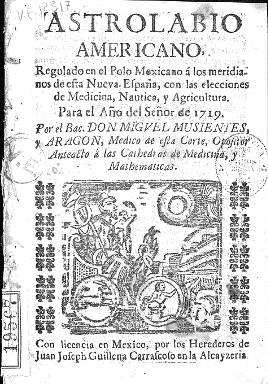
Título: Astrolabio americano
Colección: Almanaques
Ámbito geográfico: México
Lugar de publicación: México
Fechas: 01/01/1719-31/12/1735

Se trata de una publicación del género de los almanaques o pronósticos, que también adoptan el nombre de astrolabios, lunarios, piscatores o uranias, entre otros, que considerados “impresos menores” comenzaron a aparecer ya en el siglo XVI, solían publicarse a fin de cada año para dedicarlo al siguiente y alcanzaron gran auge en el siglo XVIII. En este caso se trata de dos impresos en octavo compuestos a una columna, el primero para el año 1719 y el segundo para el de 1735, en cuyas portadas son estampados sendos grabados, y como se observa en el de este último año de la Hemeroteca Digital de la BNE, en color. Su título continúa indicando: “regulado en el polo mexicano a los meridianos de esta Nueva España, con las elecciones [y prohibiciones] de medicina, náutica y agricultura”, redactado por el “bachiller” Miguel Musientes y Aragón, médico de esta Corte y opositor a las cátedras de Medicina y Matemáticas; expresando en el de 1735 que Musientes (o Mussientes) se dice ya “profesor de matemáticas”, lo que confirma que los autores de este tipo de publicaciones –que no estuvieron ajenas a su censura o prohibición- eran destacados científicos, que además tenían como norma comenzar sus impresos –aunque no fueran publicaciones de contenido ideológico o político- con una dedicatoria a alguna persona influyente. En el Astrolabio americano para 1719 es a Santa Ana, a la que dedica también un soneto, lo que confirma asimismo que sus autores, con amplios conocimientos en una variedad de materias, ejercían también la literatura.

Este tipo de publicaciones obtenían una gran popularidad y difusión, dado que sus contenidos variopintos y vulgarizadores de las ciencias como la astronomía –aún impregnada fuertemente por la astrología, como es el caso de este Astrolabio- se suponían útiles. Así, Musientes tras dar en su impreso para 1719, de 24 páginas (sin foliar) un Cómputo eclesiástico y de Témporas, y los Eclipses lunares y solares, bajo el epígrafe Prólogo ofrece unos apuntes de anatomía humana, en relación con la geometría y la aritmética, pero también con la astronomía y hasta con la filosofía, pero especialmente la astrología. El epígrafe siguiente y más extenso es el del Juicio para 1719, es decir, el pronóstico en sí, bajo premisas igualmente astrológicas, seguido del calendario, con el santoral, las fases de la luna y otros datos astronómicos, el pronóstico meteorológico, las adecuadas faenas agrícolas y hasta la indicación del momento en que eran “convenientes las purgas”.

El impreso de 1719 lleva el pie “con licencia en Mexico, por los Herederos de Juan Joseph Guillena Carrascoso en la Alcayzeria”; y también con licencia, el de 1735 (de 28 páginas, asimismo sin foliar), el de la Imprenta Real del Superior Gobierno, de Doña María de Rivera. Este vuelve a iniciarse con una dedicatoria a la virgen, pero acompañado ahora de un grabado de la misma. Este año añade otros epígrafes, como Notas cronológicas y Fiestas móviles. Al final de los dos impresos aparece estampada la siguiente abreviatura: O.S.C.S.M.E.C.A.R. (Omnia sub co- rrectione Sancta Matris Ecclesiae Catholicae Apostolicae Romanae).

Moreno de los Arcos (1997) cita un Astrolabio americano de 1720 en su trabajo sobre la astronomía mexicana del siglo XVIII, y Alberto A. Lamadrid Lusarreta (1971) elaboró el catálogo de calendarios mexicanos desde 1761 existentes en la Biblioteca Nacional de México. Trabajos sobre este material en el marco geográfico español son los de Aguilar Piñal (1978), Menéndez Martínez (1994) o Botrel (2006), entre otros.